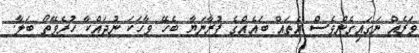
ވަރެެއް ނަގައިގެންވެސް އެތައް ބައެއްގެ ފުރާނަޔާ ބެހޭ ވާހަކަ ނުދައްކާ ހުރެވޭތޯ ބަލާ.